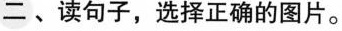
二、读句子，选择正确的图片。